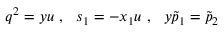
q ^ { 2 } = y u \ , \ \ s _ { 1 } = - x _ { 1 } u \ , \ \ y \tilde { p } _ { 1 } = \tilde { p } _ { 2 }